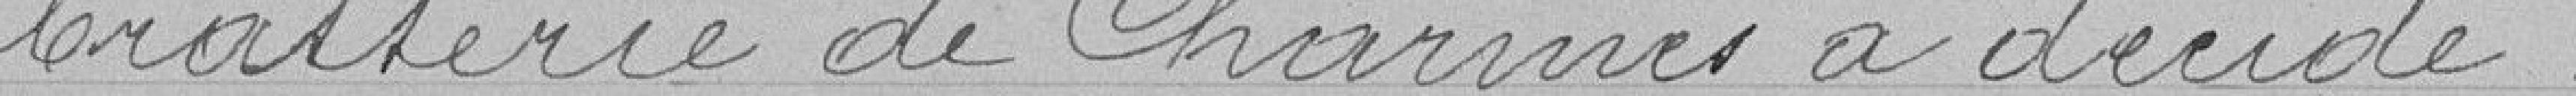
brasserie de Charmes a décidé :